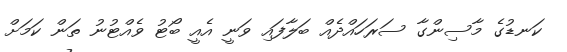
ކަނޑުގެ މާސިންގާ ސަރަހައްދެއް ބަލާފައި ވަނީ އެއީ ބޯޓު ވެއްޓުނު ތަން ކަމަށް